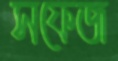
সফেজ